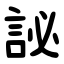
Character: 䛑